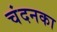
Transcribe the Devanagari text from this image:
चंदनका